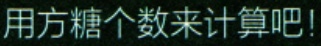
用方糖个数来计算吧!